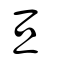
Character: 亘